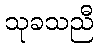
သုခသညီ